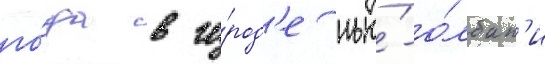
го́да в го́род'е нью́-о́лбан'и